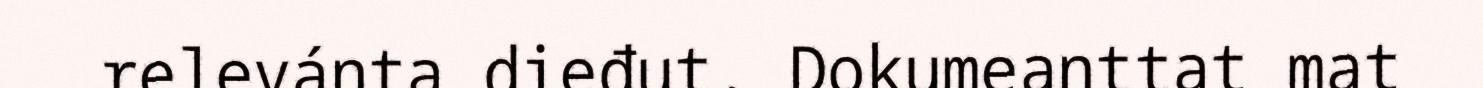
relevánta dieđut. Dokumeanttat mat